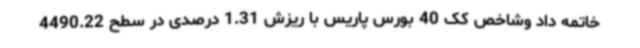
خاتمه داد وشاخص کک 40 بورس پاریس با ریزش 1.31 درصدی در سطح 4490.22